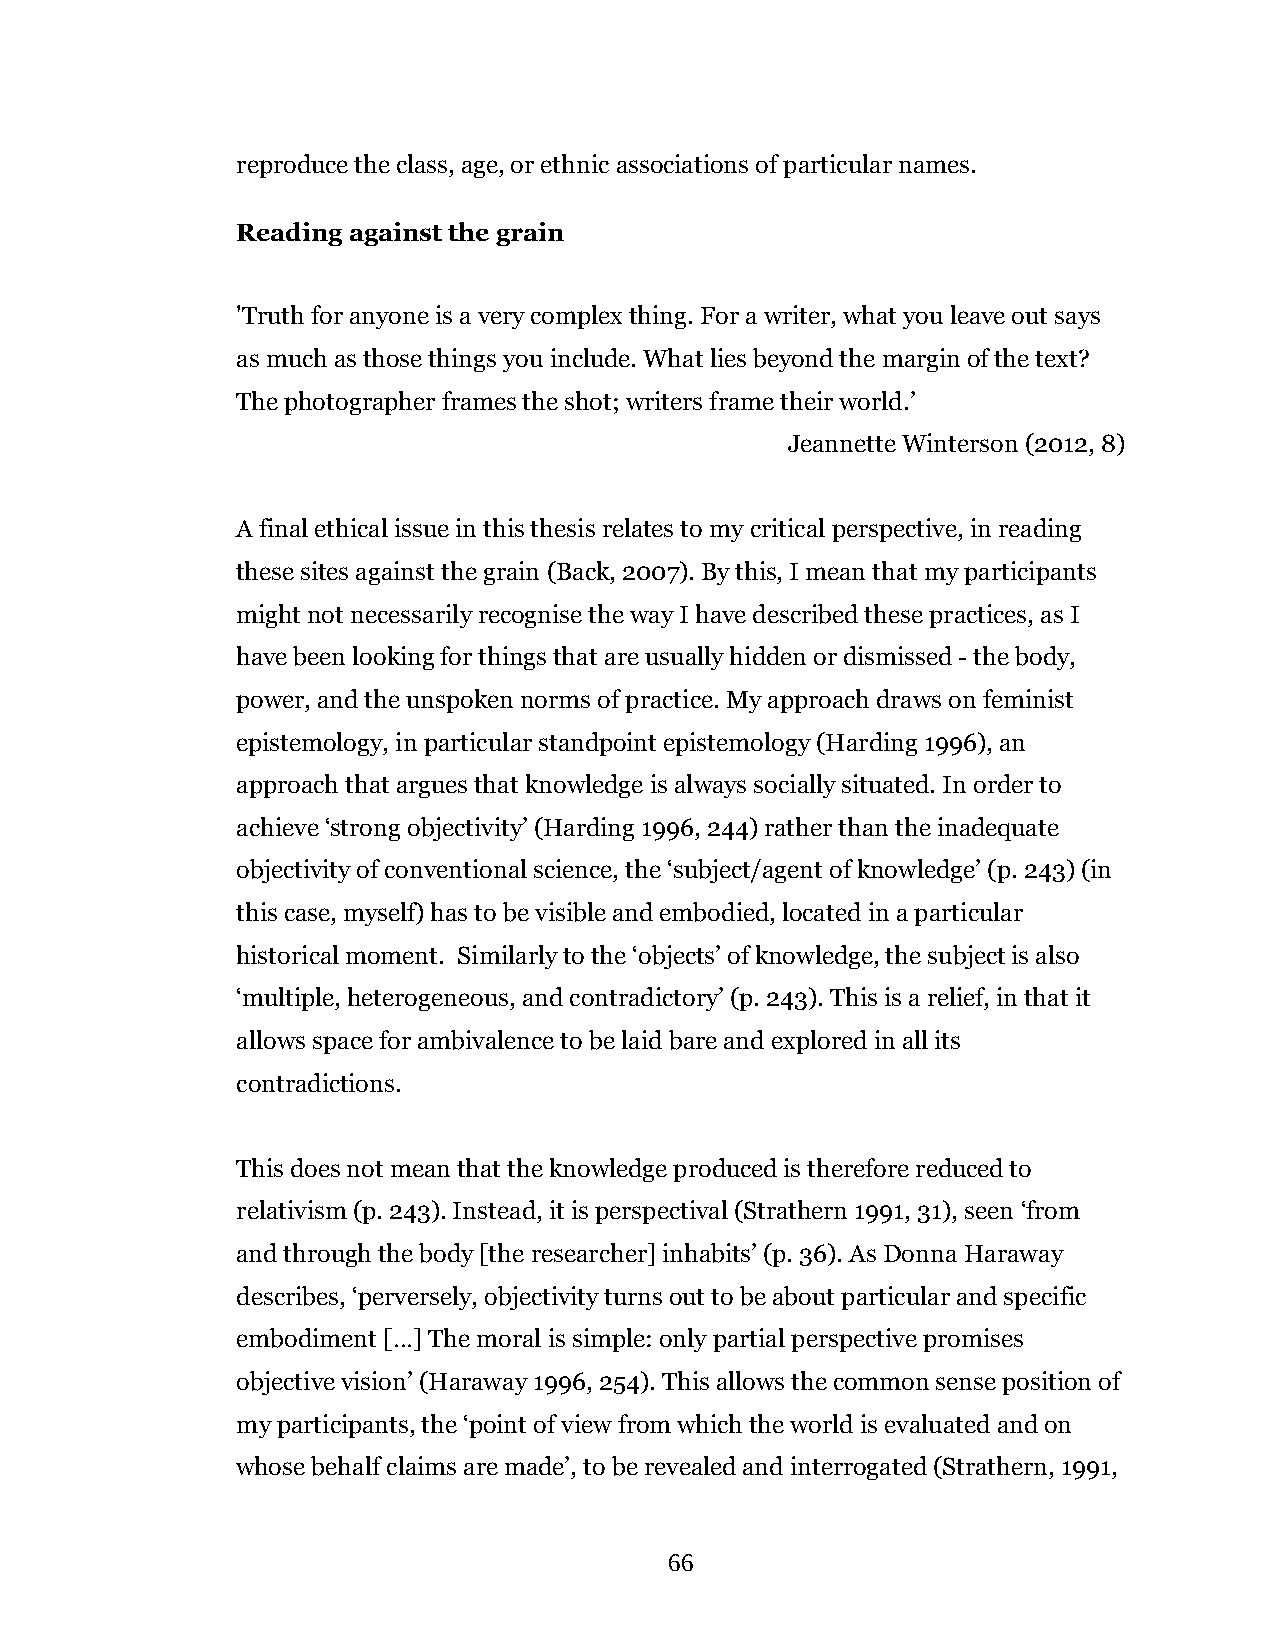
reproduce the class, age, or ethnic associations of particular names.
 Reading against the grain
 'Truth for anyone is a very complex thing. For a writer, what you leave out says
 as much as those things you include. What lies beyond the margin of the text?
 The photographer frames the shot; writers frame their world.’
 Jeannette Winterson (2012, 8)
 A final ethical issue in this thesis relates to my critical perspective, in reading
 these sites against the grain (Back, 2007). By this, I mean that my participants
 might not necessarily recognise the way I have described these practices, as I
 have been looking for things that are usually hidden or dismissed - the body,
 power, and the unspoken norms of practice. My approach draws on feminist
 epistemology, in particular standpoint epistemology (Harding 1996), an
 approach that argues that knowledge is always socially situated. In order to
 achieve ‘strong objectivity’ (Harding 1996, 244) rather than the inadequate
 objectivity of conventional science, the ‘subject/agent of knowledge’ (p. 243) (in
 this case, myself) has to be visible and embodied, located in a particular
 historical moment. Similarly to the ‘objects’ of knowledge, the subject is also
 ‘multiple, heterogeneous, and contradictory’ (p. 243). This is a relief, in that it
 allows space for ambivalence to be laid bare and explored in all its
 contradictions.
 This does not mean that the knowledge produced is therefore reduced to
 relativism (p. 243). Instead, it is perspectival (Strathern 1991, 31), seen ‘from
 and through the body [the researcher] inhabits’ (p. 36). As Donna Haraway
 describes, ‘perversely, objectivity turns out to be about particular and specific
 embodiment […] The moral is simple: only partial perspective promises
 objective vision’ (Haraway 1996, 254). This allows the common sense position of
 my participants, the ‘point of view from which the world is evaluated and on
 whose behalf claims are made’, to be revealed and interrogated (Strathern, 1991,
 66